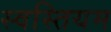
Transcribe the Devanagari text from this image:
स्वस्तियम